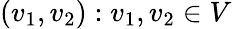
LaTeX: (v_{1},v_{2}):v_{1},v_{2}\in V